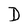
Character: D